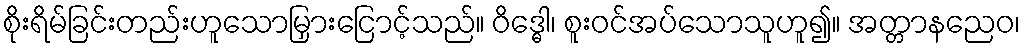
စိုးရိမ်ခြင်းတည်းဟူသောမြှားငြောင့်သည်။ ဝိဒ္ဓေါ၊ စူးဝင်အပ်သောသူဟူ၍။ အတ္တာနညေဝ၊